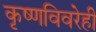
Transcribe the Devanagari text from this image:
कृष्णविवरेही